Report on the treatment of epidemic cholera: from information collected by the governments of Bengal, Madras, Bombay, N.W. Provinces, Punjab, Oudh, and Central India, by order of the Government of India
Disease focus: Cholera
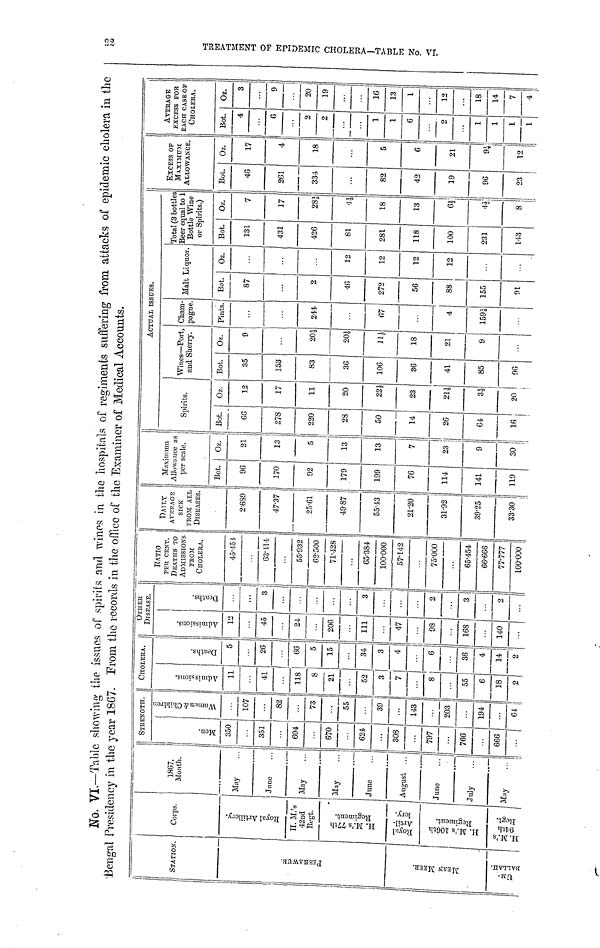
No. VI.—Table showing the issues of spirits find wines in the hospitals of regiments suffering from attacks of epidemic cholera in the
Bengal Presidency in the year 1867. From the records in the office of the Examiner of Medical Accounts.
STATION
PESHAWUR.
MEAN MEER
UMBALLAH.
Corps.
Royal Artillory
H.M.'s
42nd
Regt.
H.M.'s 77th
Regiment.
H.M.'s
94th
Regt.
1867,
Month.
May ...
June ...
May ...
May ...
June ...
August ...
June ...
July ...
May ...
STKENGTIT.
Men.
350
...
351
...
604
...
670
...
624
...
306
...
797
...
766
...
666
...
Women &Children
...
107
...
82
...
73
...
55
...
89
...
143
...
203
...
194
...
64
CHOLERA.
Admissions.
11
...
41
118
8
21
...
52
3
7
...
8
...
55
6
18
2
Deaths.
5
...
26
66
5
15
...
34
3
4
...
6
...
36
4
14
2
OTHEK
DISEASE.
Admissions.
13
...
45
24
...
206
111
...
47
98
168
...
140
...
Deaths.
...
...
3
...
...
...
...
3
...
...
...
2
...
3
...
2
...
RATIO
PER CENT.
DEATHS TO
ADMISSIONS
FROM
CHOIERA.
45.451
...
63.414
55.932
62.500
71.428
65.384
100.000
57.142
...
75.000
...
65.454
66.666
77.777
100.000
DAILY
AVERAGE
SICK
FROM ALL
DISEASES.
2.689
47.37
25.61
49.87
55.13
21.20
31.92
39.25
33.30
Maximum
Allowance As
per scale.
Bot.
96
170
92
179
199
76
114
141
119
Oz.
21
13
5
13
13
7
23
9
30
Spirits.
Bot.
66
278
220
28
50
14
26
64
16
Oz.
12
17
11
20
22½
23
21½
3½
20
ACTUAL ISSTJES.
Wines—Port,
and Sherry.
Bot.
35
153
83
36
106
36
41
85
96
Oz.
9
...
20½
20½
11½
18
21
9
...
Cham-
pagne.
Pints.
...
...
244
...
67
...
4
159½
...
Malt Liquor.
Bot.
87
...
2
46
272
56
88
155
91
Oz.
...
...
...
12
12
12
12
...
...
Total (3 bottles
Beer equal to 1
Bottle Wine
or Spirits.)
Bot.
131
431
426
81
281
118
100
231
143
Oz.
7
17
28½
4½
18
13
6½
4½
8
EXCESS OF
MAXIMUM
AraOWAXCE.
Bot.
46
261
334
...
82
42
19
96
23
Oz,
17
4
18
...
5
6
21
9½
12
AVERAGE
EXCESS POR
EACH CASE OF
CHOLERA.
Bot.
4
...
6
2
2
...
...
1
1
6
...
2
...
1
1
1
1
Oz.
3
...
9
20
19
...
...
16
13
1
...
12
...
18
14
7
4
22 TREATMENT OF EPIDEM